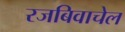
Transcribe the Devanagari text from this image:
रजबिवाचेल